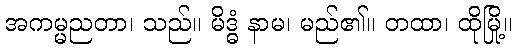
အကမ္မညတာ၊ သည်။ မိဒ္ဓံ နာမ၊ မည်၏။ တထာ၊ ထိုမြို့။